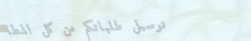
توصيل طلباتكم من كل المطا